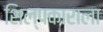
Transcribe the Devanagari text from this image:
शिल्पकाराला